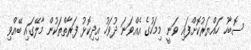
ސޮބާހު ހައްޔަރުކޮށްފައި ވަނީ މިމަހުގެ އެއްވަނަ ދުވަހު އިދިކޮޅު ފަރާތްތަކުން މާލޭގައި ބޭއްވި